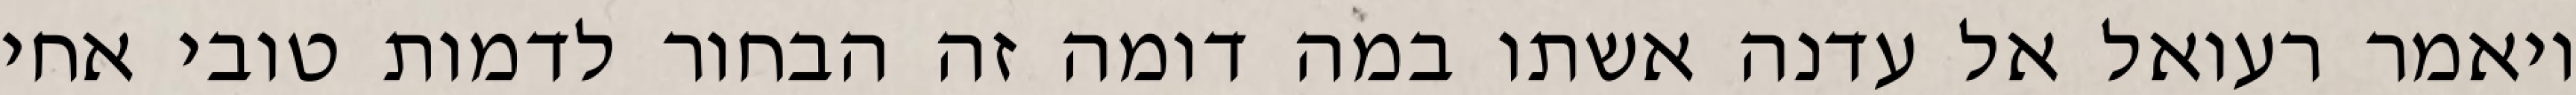
ויאמר רעואל אל עדנה אשתו במה דומה זה הבחור לדמות טובי אחי